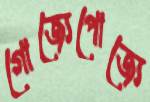
গোজ্যেপোজ্যে